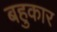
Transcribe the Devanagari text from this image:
बहुकार